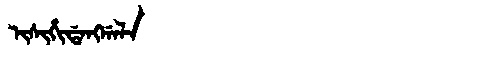
Manchu: ᡳᠰᡳᡥᡳᡩᠠᠩᡤᠠᠯᠠ
Romanization: ISIHIDANGGALA